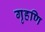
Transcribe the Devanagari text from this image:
गृहणि